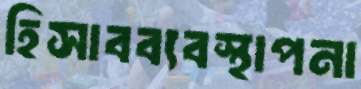
হিসাবব্যবস্থাপনা